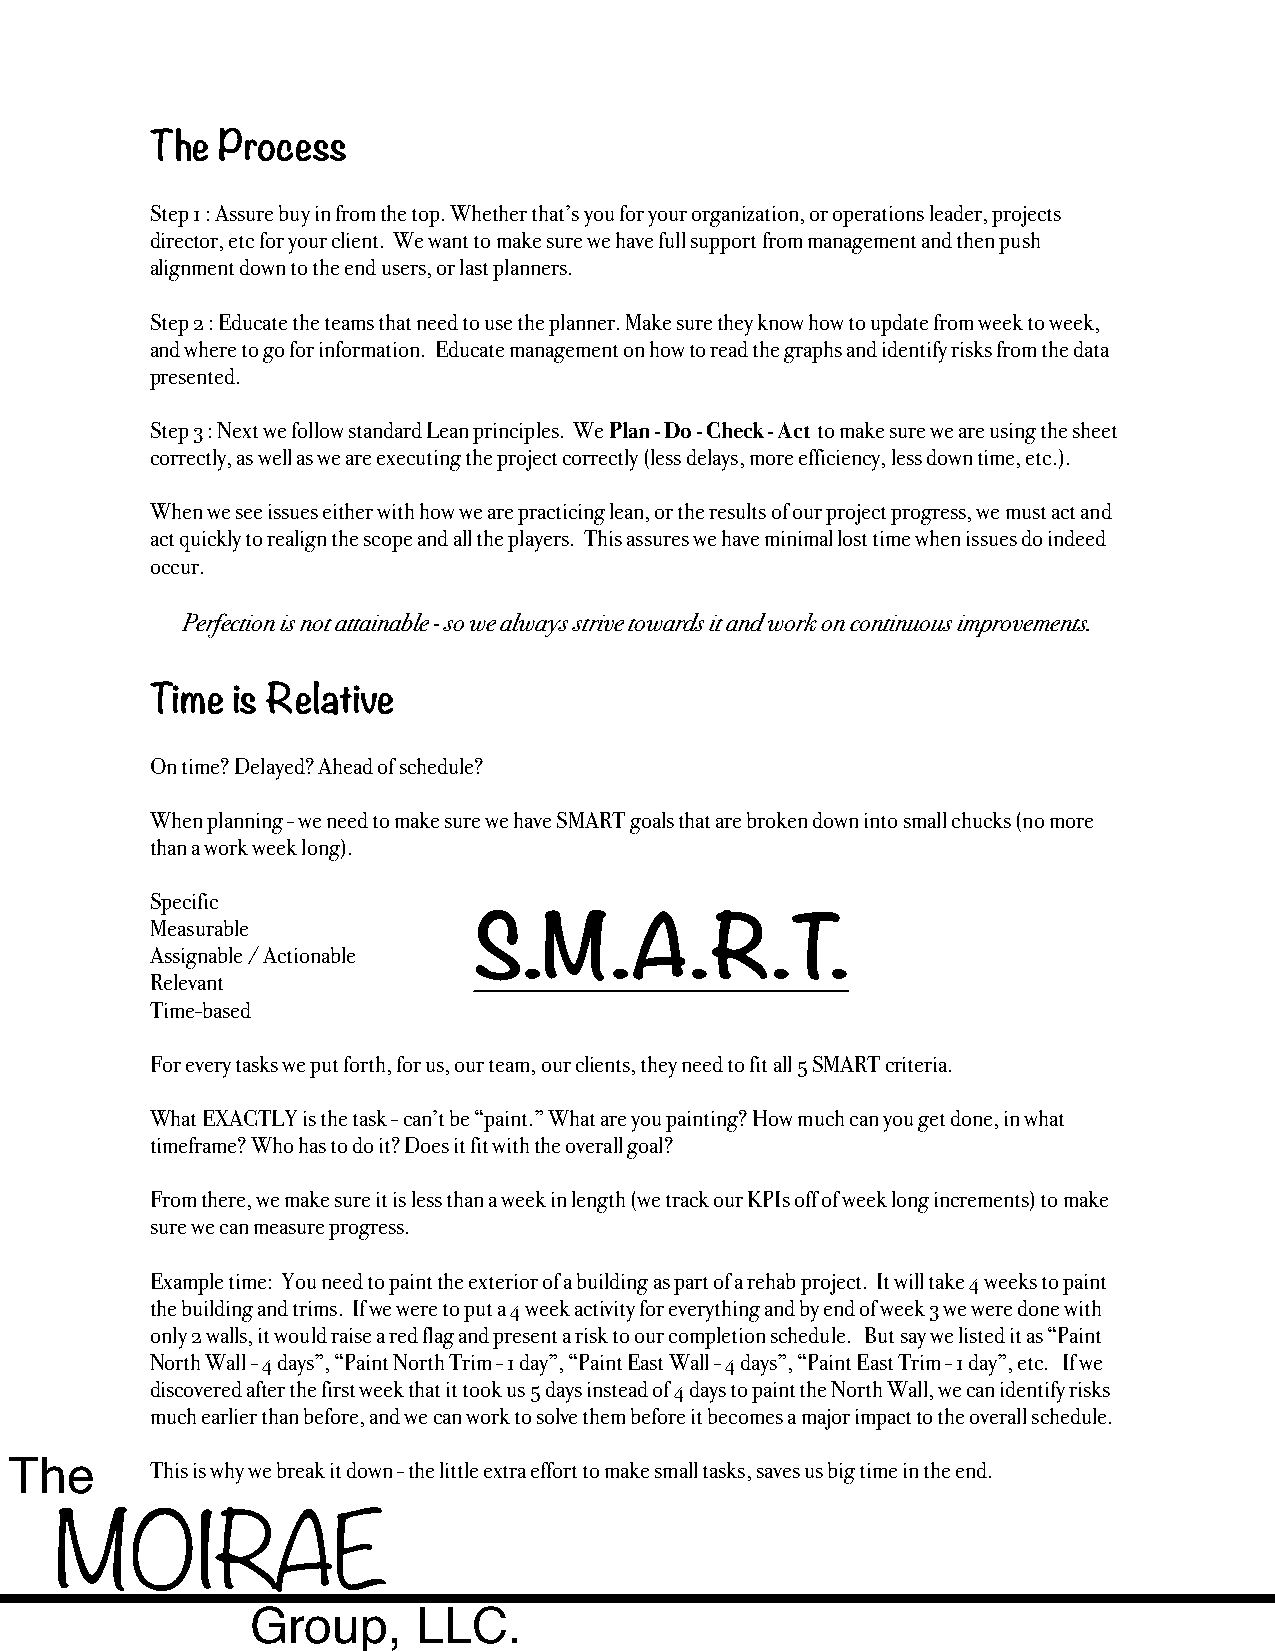
The Process
 Step 1 : Assure buy in from the top. Whether that’s you for your organization, or operations leader, projects
 director, etc for your client. We want to make sure we have full support from management and then push
 alignment down to the end users, or last planners.
 Step 2 : Educate the teams that need to use the planner. Make sure they know how to update from week to week,
 and where to go for information. Educate management on how to read the graphs and identify risks from the data
 presented.
 Step 3 : Next we follow standard Lean principles. We Plan - Do - Check - Act to make sure we are using the sheet
 correctly, as well as we are executing the project correctly (less delays, more efficiency, less down time, etc.).
 When we see issues either with how we are practicing lean, or the results of our project progress, we must act and
 act quickly to realign the scope and all the players. This assures we have minimal lost time when issues do indeed
 occur.
 Perfection is not attainable - so we always strive towards it and work on continuous improvements.
 Time is Relative
 On time? Delayed? Ahead of schedule?
 When planning - we need to make sure we have SMART goals that are broken down into small chucks (no more
 than a work week long).
 Specific
 Measurable           S.M.A.R.T.
 Assignable / Actionable
 Relevant
 Time-based
 For every tasks we put forth, for us, our team, our clients, they need to fit all 5 SMART criteria.
 What EXACTLY is the task - can’t be “paint.” What are you painting? How much can you get done, in what
 timeframe? Who has to do it? Does it fit with the overall goal?
 From there, we make sure it is less than a week in length (we track our KPIs off of week long increments) to make
 sure we can measure progress.
 Example time: You need to paint the exterior of a building as part of a rehab project. It will take 4 weeks to paint
 the building and trims. If we were to put a 4 week activity for everything and by end of week 3 we were done with
 only 2 walls, it would raise a red flag and present a risk to our completion schedule. But say we listed it as “Paint
 North Wall - 4 days”, “Paint North Trim - 1 day”, “Paint East Wall - 4 days”, “Paint East Trim - 1 day”, etc. If we
 discovered after the first week that it took us 5 days instead of 4 days to paint the North Wall, we can identify risks
 much earlier than before, and we can work to solve them before it becomes a major impact to the overall schedule.
 The
 This is why we break it down - the little extra effort to make small tasks, saves us big time in the end.
 MOIRAE
 Group,     LLC.